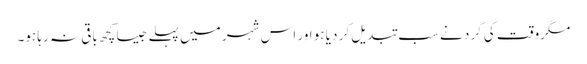
مگروقت کی گرد نے سب تبدیل کر دیا ہو اور اس شہر میں پہلے جیسا کچھ باقی نہ رہا ہو۔